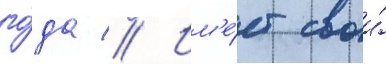
го́да // Им'е́ет свои́